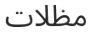
مظلات